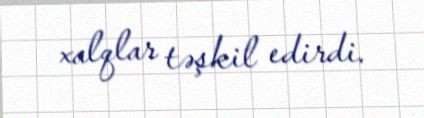
xalqlar təşkil edirdi.